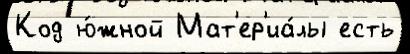
Код ю́жной Мат'ер'иа́лы есть